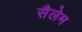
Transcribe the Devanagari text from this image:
सैलेम